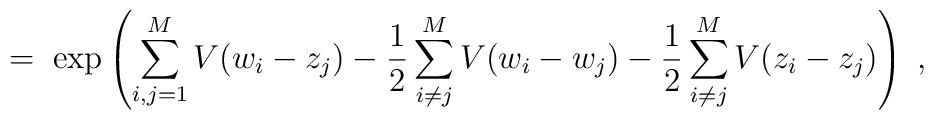
= \; \exp \left( \sum_{i,j=1}^M V(w_i -  z_j)- \frac{1}{2}\sum_{i \neq j}^M V(w_i - w_j)- \frac{1}{2}\sum_{i \neq j}^M V(z_i - z_j)  \right) \; ,